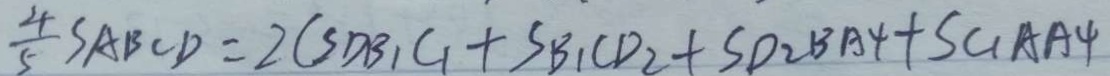
\frac { 4 } { 5 } S _ { A B C D } = 2 ( S _ { D B _ { 1 } C _ { 1 } } + S _ { B _ { 1 } C D _ { 2 } } + S _ { D _ { 2 } B A _ { 4 } } + S _ { C _ { 1 } A A _ { 4 } }